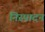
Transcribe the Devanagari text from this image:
निस्पादन